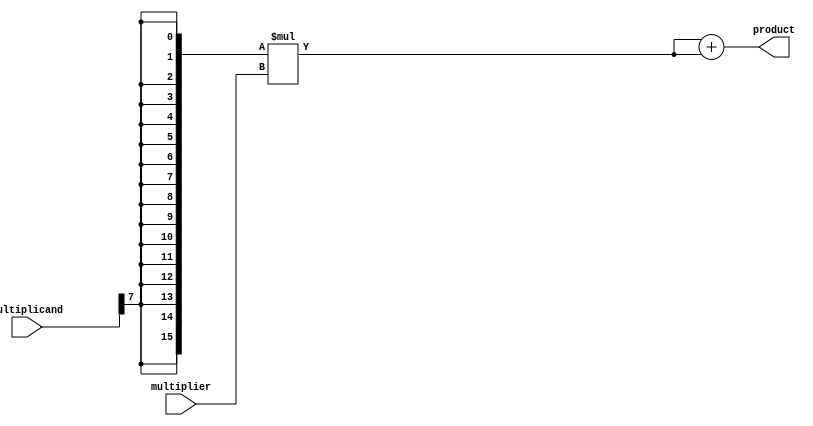
module signed_multiplier (
    input signed [7:0] multiplicand,
    input signed [7:0] multiplier,
    output signed [15:0] product
);

reg signed [15:0] partial_product;
reg signed [15:0] final_product;

always @(*) begin
    // Sign extension
    partial_product = {16{multiplicand[7]}} * multiplier;
    
    // Booth algorithm or other efficient multiplication technique
    
    // Addition of partial products
    final_product = partial_product[15:0] + partial_product[15:0];
end

assign product = final_product;

endmodule